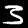
Label: 3